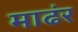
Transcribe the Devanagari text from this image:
माढंर